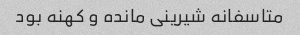
متاسفانه شیرینی مانده و کهنه بود